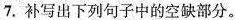
7.补写出下列句子中的空缺部分。